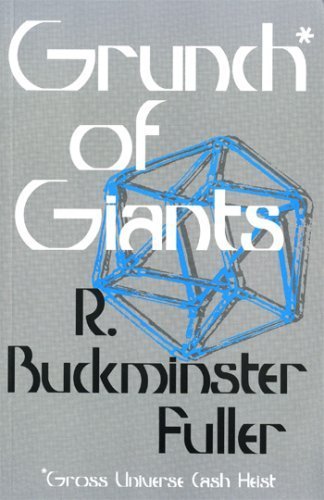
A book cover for Grunch of Giants; R. Buckminster Fuller; Politics & Social Sciences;